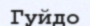
Гуйдо